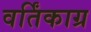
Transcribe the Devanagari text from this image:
वर्तिंकाग्र